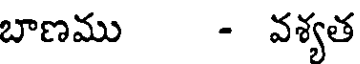
బాణము - వశ్యత